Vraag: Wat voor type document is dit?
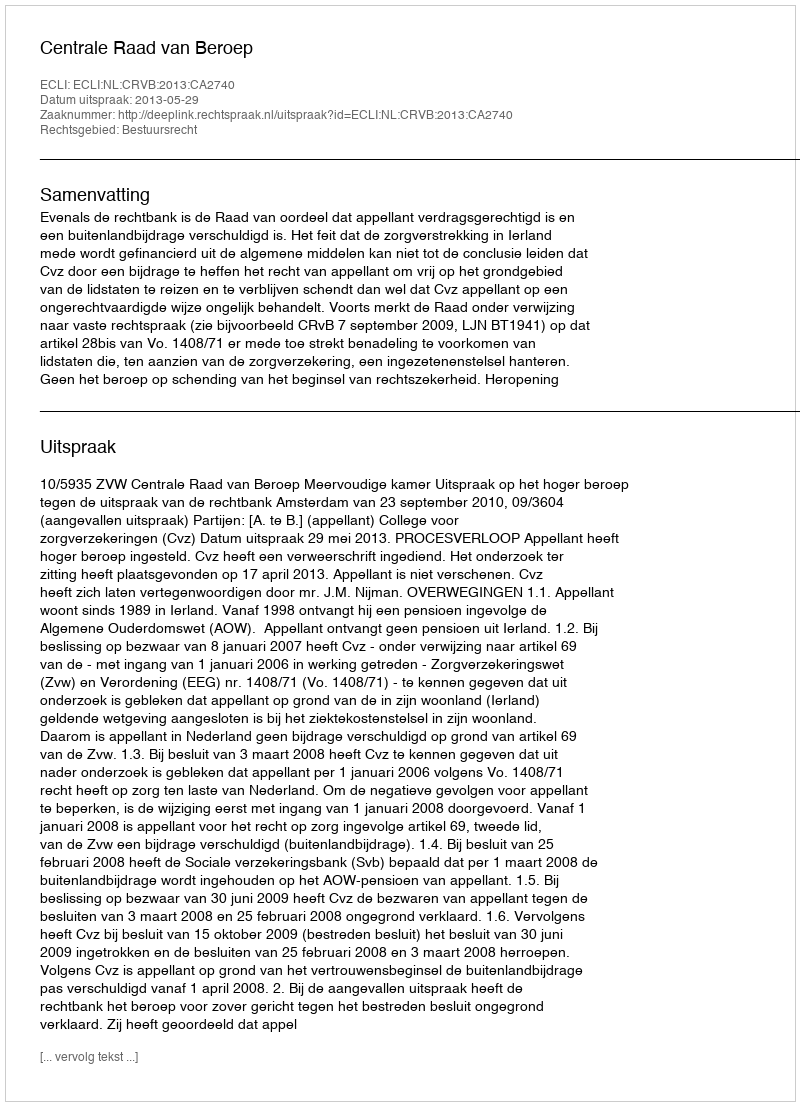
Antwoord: Uitspraak